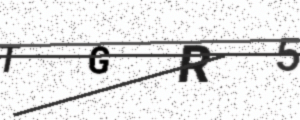
Text: TGR5